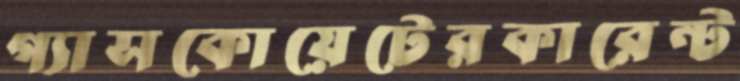
গ্যাসকোয়েটেরকারেন্ট